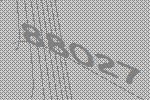
88027